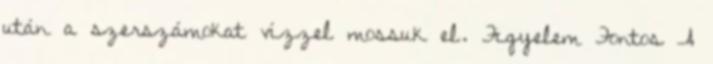
után a szerszámokat vízzel mossuk el. Figyelem Fontos A